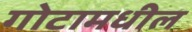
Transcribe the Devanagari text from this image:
गोटामधील